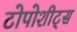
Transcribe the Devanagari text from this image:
टोपोशीट्स